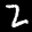
Label: 2